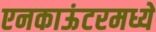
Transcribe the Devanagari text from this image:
एनकाऊंटरमध्ये